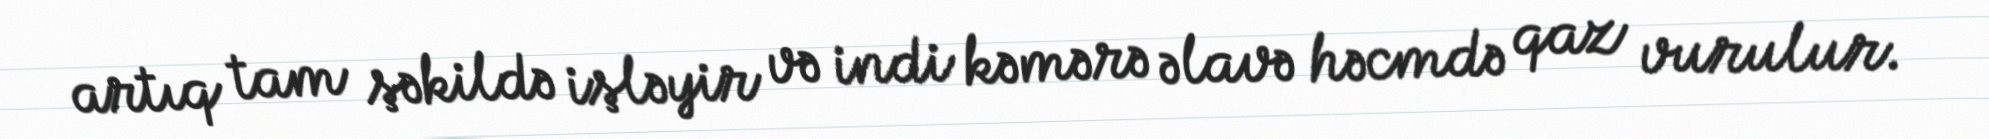
artıq tam şəkildə işləyir və indi kəmərə əlavə həcmdə qaz vurulur.